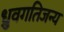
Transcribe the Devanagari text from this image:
ध्रुवगतिजन्य